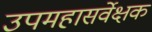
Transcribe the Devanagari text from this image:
उपमहासर्वेक्षक